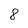
Character: 8